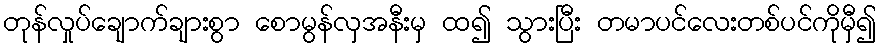
တုန်လှုပ်ချောက်ချားစွာ စောမွန်လှအနီးမှ ထ၍ သွားပြီး တမာပင်လေးတစ်ပင်ကိုမှီ၍